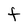
Character: t